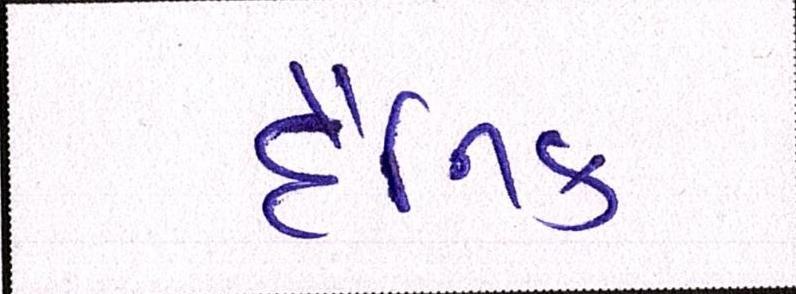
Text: દૈનિક